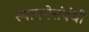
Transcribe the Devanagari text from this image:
स्थापनेसंबंधी